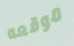
موقعه